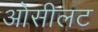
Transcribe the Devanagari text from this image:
ओसीलट